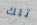
تلك